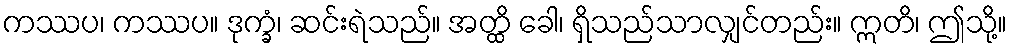
ကဿပ၊ ကဿပ။ ဒုက္ခံ၊ ဆင်းရဲသည်။ အတ္ထိ ခေါ၊ ရှိသည်သာလျှင်တည်း။ ဣတိ၊ ဤသို့။